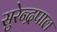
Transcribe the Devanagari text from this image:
सुरेन्द्रपाल